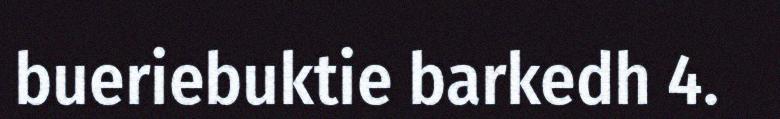
bueriebuktie barkedh 4.